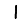
Digit: 1